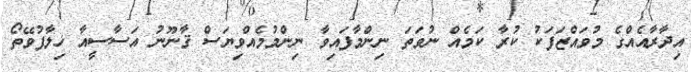
އިދާރާއެއްގެ މުވައްޒަފަކު ކުރާ ކަމެއް ނުވަތަ ނިންމާފައިވާ ނިންމުމެއްވިޔަސް ޤާނޫނު އަސާސީއާ ޚިލާފުވޭތޯ